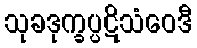
သုခဒုက္ခပ္ပဋိသံဝေဒီ